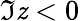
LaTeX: \Im\mathit{z}<0